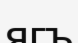
ягъ